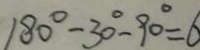
1 8 0 ^ { \circ } - 3 0 ^ { \circ } - 9 0 ^ { \circ } = 6